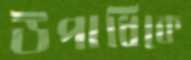
উপাধিকে